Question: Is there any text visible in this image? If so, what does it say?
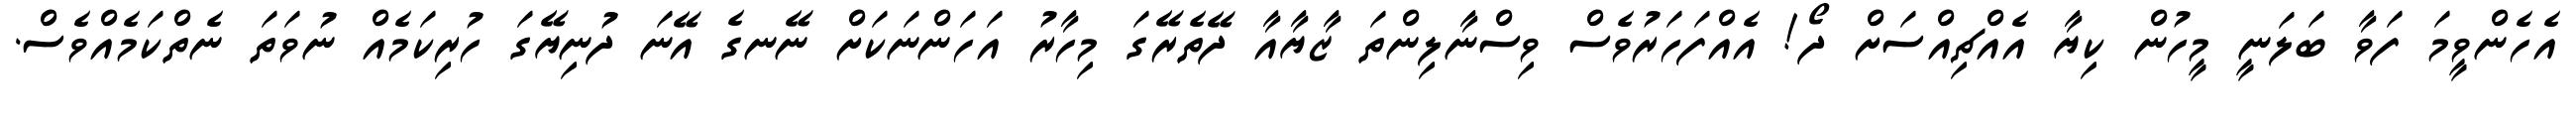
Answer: އެހެންވީމަ ފަވާ ބަލަނީ މީހުން ކިޔާ އެއްޗިއްސަށް ދޯ! އެއްފަހަރުވެސް ވިސްނާލިންތަ ޒާޔާއާ ދޭތެރޭގަ މިހާރު އަހަންނަކަށް ނޭނގެ އޭނަ ދުނިޔޭގަ ހުރިކަމެއް ނުވަތަ ނެތްކަމެއްވެސް.